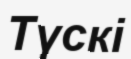
Түскі